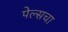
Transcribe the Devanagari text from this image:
पेल्सचा